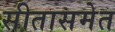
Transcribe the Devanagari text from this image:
सीतासमेत